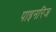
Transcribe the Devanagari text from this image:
पाइनरिज